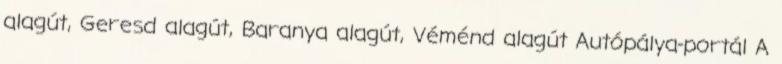
alagút, Geresd alagút, Baranya alagút, Véménd alagút Autópálya-portál A